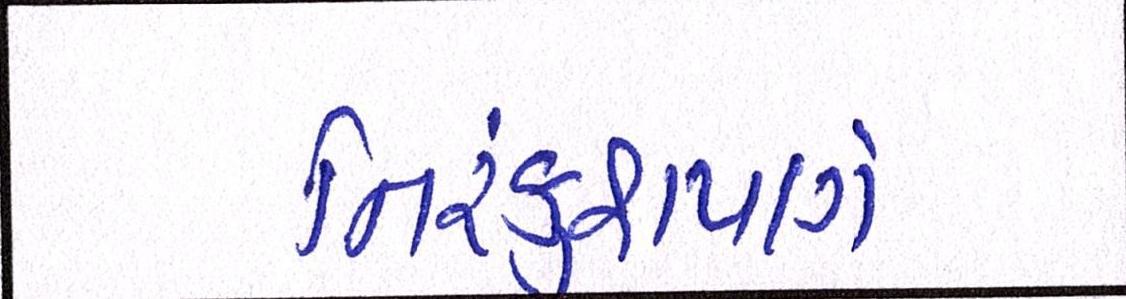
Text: નિરંકુશપણે